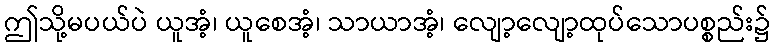
ဤသို့မပယ်ပဲ ယူအံ့၊ ယူစေအံ့၊ သာယာအံ့၊ လျော့လျော့ထုပ်သောပစ္စည်း၌